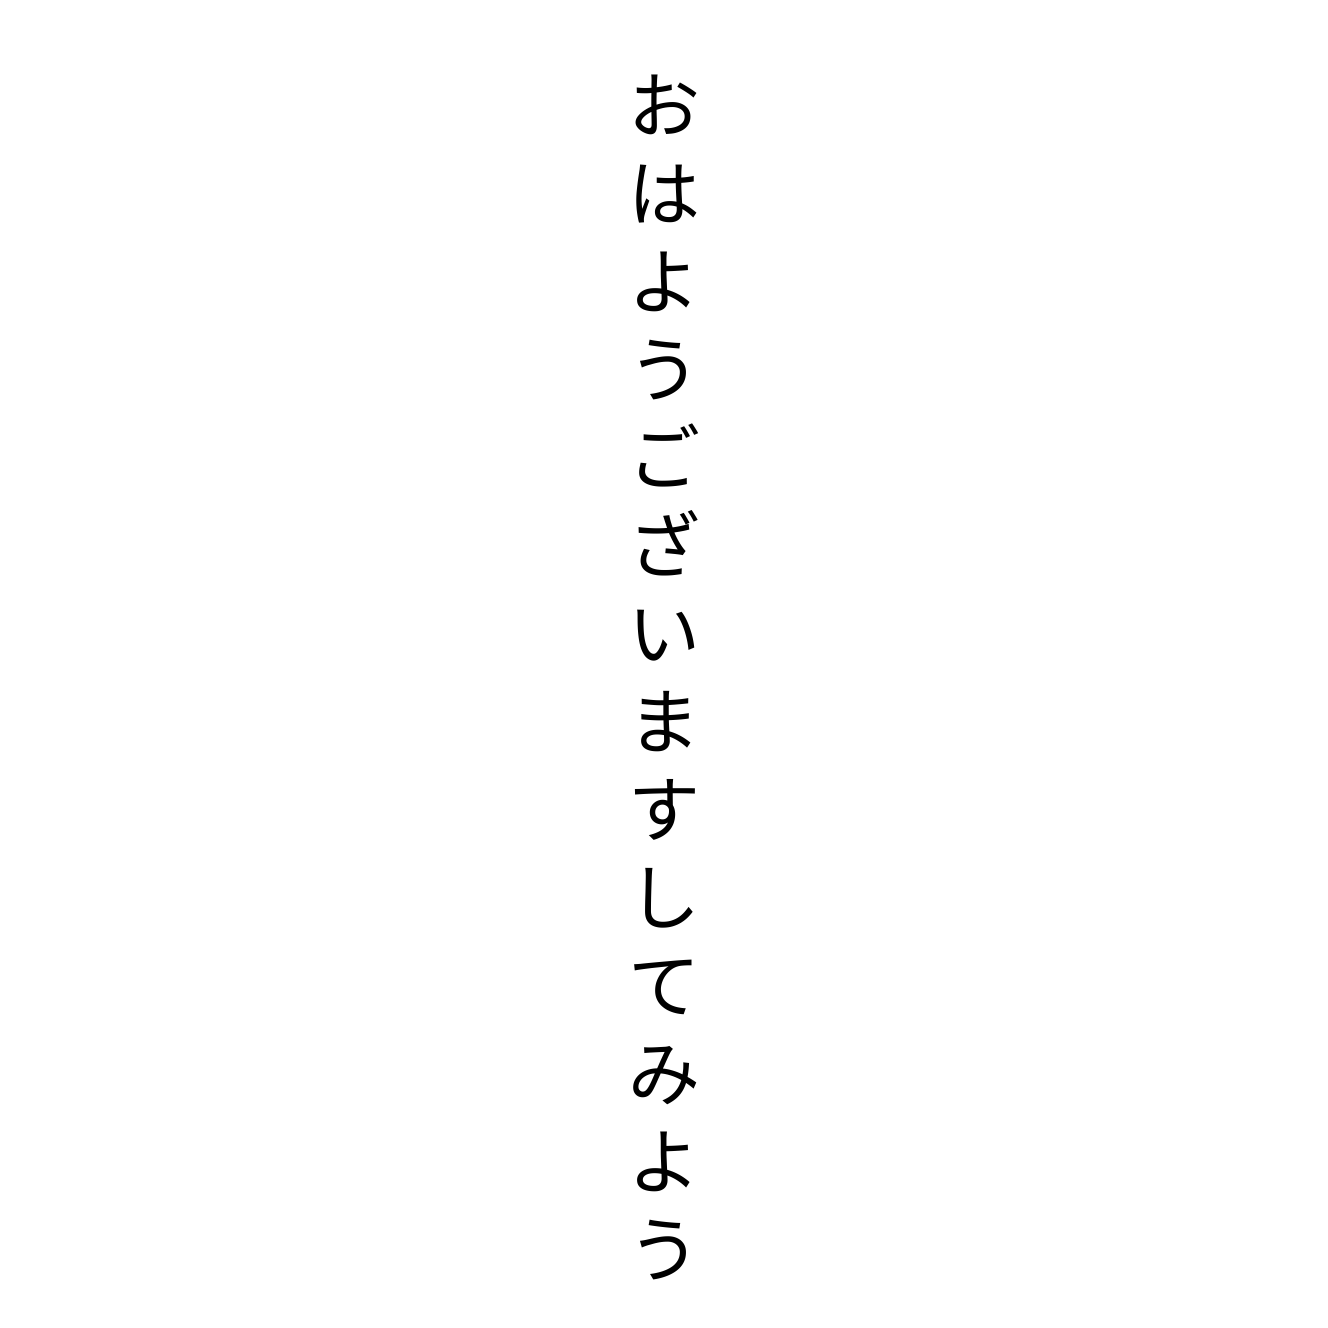
おはようございますしてみよう